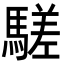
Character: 𩥙